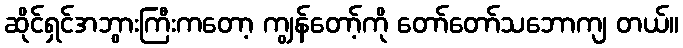
ဆိုင်ရှင်အဘွားကြီးကတော့ ကျွန်တော့်ကို တော်တော်သဘောကျ တယ်။